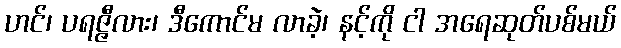
ဟင်၊ ပရဇ္ဇီလား၊ ဒီကောင်မ လာခဲ့၊ နင့်ကို ငါ အရေဆုတ်ပစ်မယ်